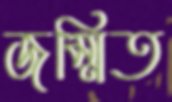
জম্মিত